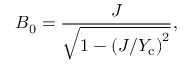
B _ { 0 } = \frac { J } { \sqrt { 1 - \left( J / Y _ { \mathrm { c } } \right) ^ { 2 } } } ,